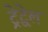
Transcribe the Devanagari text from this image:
ट्रेद्वेल